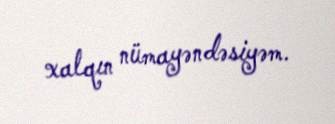
xalqın nümayəndəsiyəm.